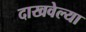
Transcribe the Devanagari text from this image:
दाखवेल्या